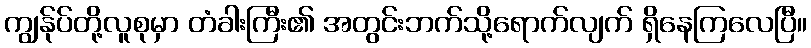
ကျွန်ုပ်တို့လူစုမှာ တံခါးကြီး၏ အတွင်းဘက်သို့ရောက်လျက် ရှိနေကြလေပြီ။